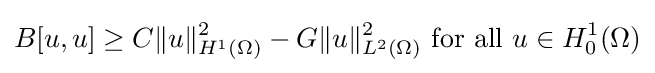
B[u,u]\geq C\|u\|_{H^{1}(\Omega )}^{2}-G\|u\|_{L^{2}(\Omega )}^{2}{\mbox{ for all }}u\in H_{0}^{1}(\Omega )